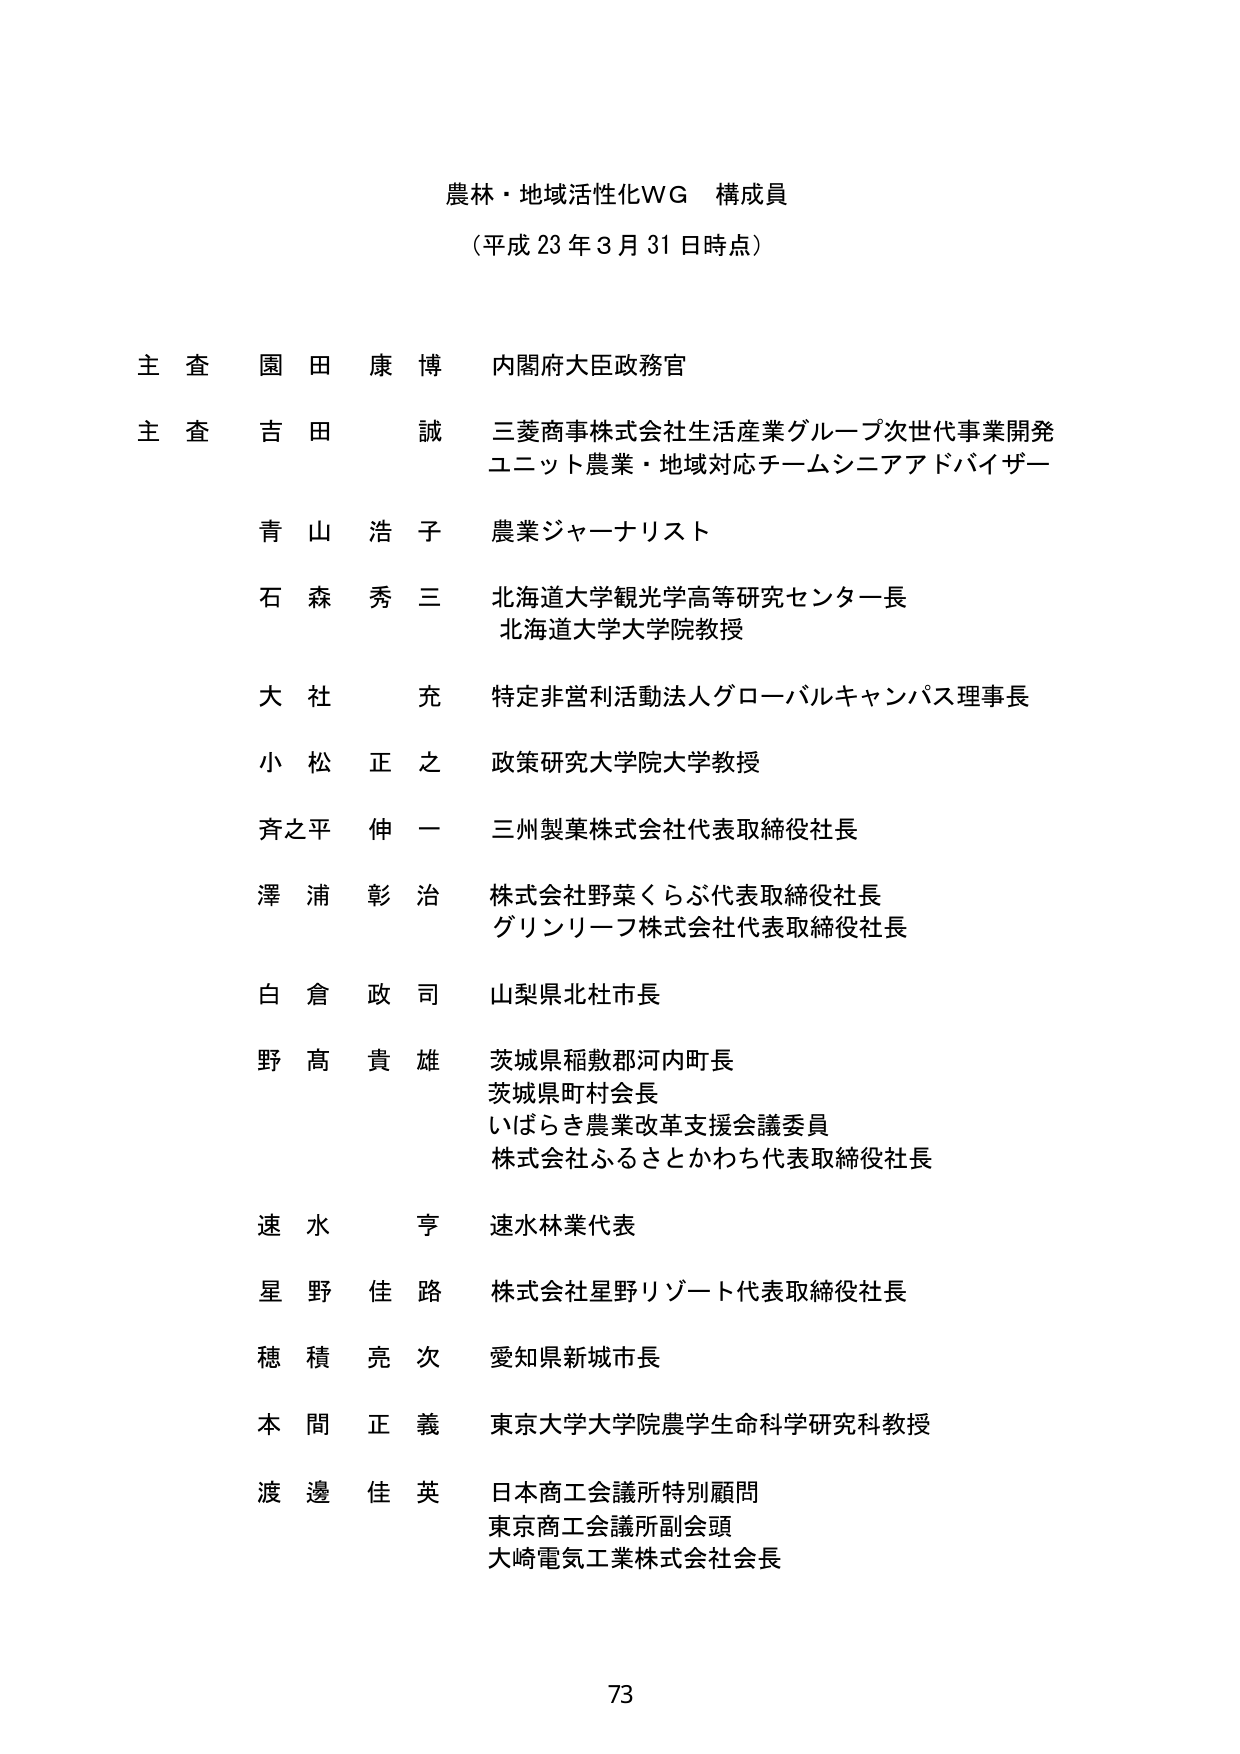
農林・地域活性化WG 構成員
（平成23年3月31日時点）

主査 園田 康博 内閣府大臣政務官
主査 吉田 誠 三菱商事株式会社生活産業グループ次世代事業開発
　　　ユニット農業・地域対応チームシニアアドバイザー
青山 浩子 農業ジャーナリスト
石森 秀三 北海道大学観光学高等研究センター長
　　　北海道大学大学院教授
大社 充 特定非営利活動法人グローバルキャンパス理事長
小松 正之 政策研究大学院大学教授
斉之平 伸一 三州製菓株式会社代表取締役社長
澤浦 彰治 株式会社野菜くらぶ代表取締役社長
　　　グリンリーフ株式会社代表取締役社長
白倉 政司 山梨県北杜市長
野髙 貴雄 茨城県稲敷郡河内町長
　　　茨城県町村会長
　　　いばらき農業改革支援会議委員
　　　株式会社ふるさとかわち代表取締役社長
速水 亨 速水林業代表
星野 佳路 株式会社星野リゾート代表取締役社長
穂積 亮次 愛知県新城市長
本間 正義 東京大学大学院農学生命科学研究科教授
渡邉 佳英 日本商工会議所特別顧問
　　　東京商工会議所副会頭
　　　大崎電気工業株式会社会長

73